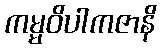
ကမ္မဝိပါကဇာနိ